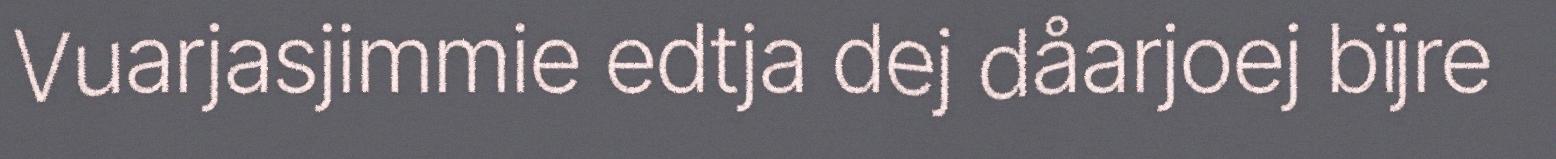
Vuarjasjimmie edtja dej dåarjoej bïjre